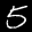
Label: 5